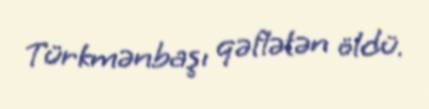
Türkmənbaşı qəflətən öldü.